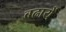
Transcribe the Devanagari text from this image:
बढायें